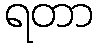
ရတာ